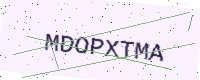
Text: MDOPXTMA